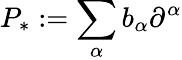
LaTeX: P_{*}:=\sum_{\alpha}b_{\alpha}\partial^{\alpha}